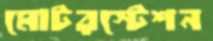
মোটরস্টেশন